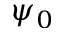
\psi _ { 0 }